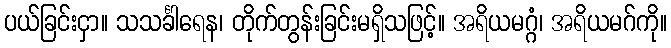
ပယ်ခြင်းငှာ။ သသင်္ခါရေန၊ တိုက်တွန်းခြင်းမရှိသဖြင့်။ အရိယမဂ္ဂံ၊ အရိယမဂ်ကို။